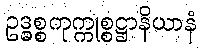
ဥဒ္ဓစ္စကုက္ကုစ္စဋ္ဌာနိယာနံ